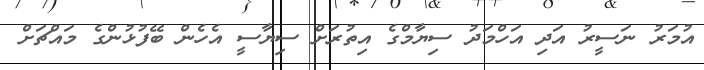
އުމަރު ނަސީރު އަދި އަހްމަދު ސިޔާމްގެ އިތުރަށް ސިޔާސީ އެހެން ބޭފުޅުންގެ މައްޗަށް